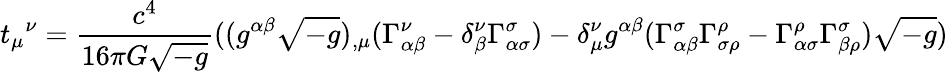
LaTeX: {t_{\mu}}^{\nu}={\frac{c^{4}}{16\pi G{\sqrt{-g}}}}((g^{\alpha\beta}{\sqrt{-g}})_{,\mu}(\Gamma_{\alpha\beta}^{\nu}-\delta_{\beta}^{\nu}\Gamma_{\alpha\sigma}^{\sigma})-\delta_{\mu}^{\nu}g^{\alpha\beta}(\Gamma_{\alpha\beta}^{\sigma}\Gamma_{\sigma\rho}^{\rho}-\Gamma_{\alpha\sigma}^{\rho}\Gamma_{\beta\rho}^{\sigma}){\sqrt{-g}})